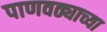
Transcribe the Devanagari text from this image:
पाणवठ्याच्या